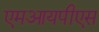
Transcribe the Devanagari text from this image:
एमआयपीएस